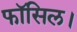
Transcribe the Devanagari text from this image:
फॉसिल।